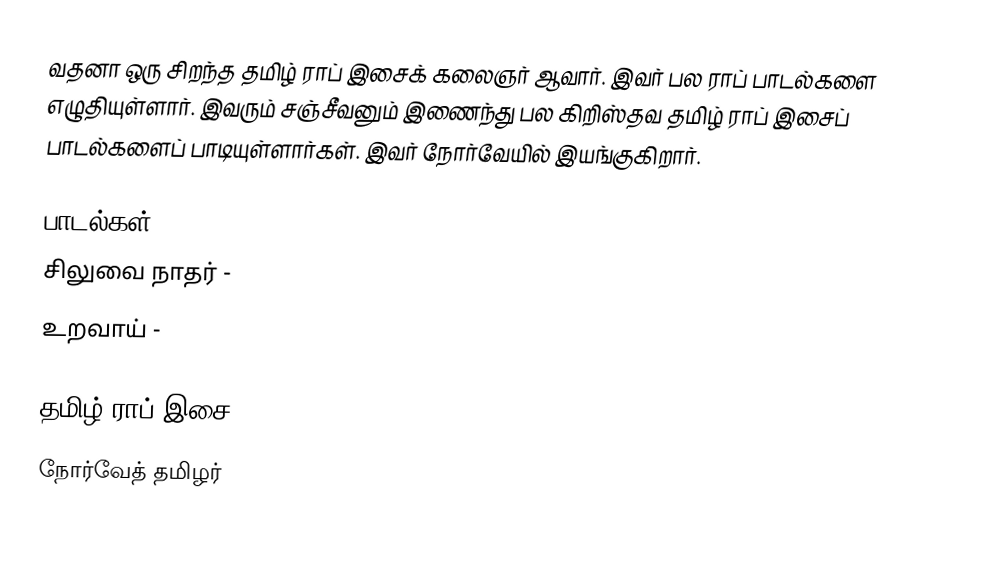
வதனா ஒரு சிறந்த தமிழ் ராப் இசைக் கலைஞர் ஆவார்.  இவர் பல ராப் பாடல்களை எழுதியுள்ளார்.  இவரும் சஞ்சீவனும் இணைந்து பல கிறிஸ்தவ தமிழ் ராப் இசைப் பாடல்களைப் பாடியுள்ளார்கள்.  இவர் நோர்வேயில் இயங்குகிறார்.

பாடல்கள்
 சிலுவை நாதர் -
 உறவாய் -

தமிழ் ராப் இசை
நோர்வேத் தமிழர்